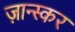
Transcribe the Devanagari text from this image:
ज़ान्स्कर